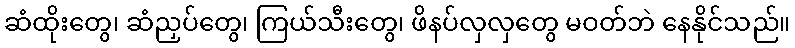
ဆံထိုးတွေ၊ ဆံညှပ်တွေ၊ ကြယ်သီးတွေ၊ ဖိနပ်လှလှတွေ မဝတ်ဘဲ နေနိုင်သည်။